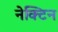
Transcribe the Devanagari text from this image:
नेक्टिन